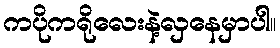
ကပိုကရိုလေးနဲ့လှနေမှာပါ။